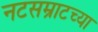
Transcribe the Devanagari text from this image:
नटसम्राटच्या